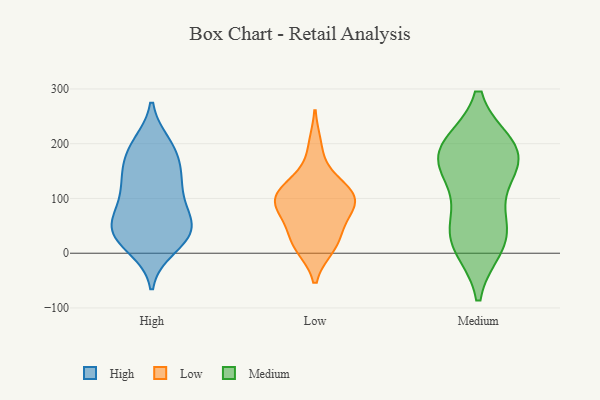
{"axis": {"x": "Energy Usage (MWh)", "y": "Value"}, "legend": ["High", "Low", "Medium"], "data": [{"x": "", "y": 26, "type": "High"}, {"x": "", "y": 26, "type": "High"}, {"x": "", "y": 170, "type": "High"}, {"x": "", "y": 191, "type": "High"}, {"x": "", "y": 125, "type": "High"}, {"x": "", "y": 79, "type": "High"}, {"x": "", "y": 40, "type": "High"}, {"x": "", "y": 129, "type": "High"}, {"x": "", "y": 82, "type": "High"}, {"x": "", "y": 128, "type": "High"}, {"x": "", "y": 46, "type": "High"}, {"x": "", "y": 191, "type": "High"}, {"x": "", "y": 199, "type": "High"}, {"x": "", "y": 10, "type": "High"}, {"x": "", "y": 48, "type": "High"}, {"x": "", "y": 36, "type": "High"}, {"x": "", "y": 145, "type": "High"}, {"x": "", "y": 69, "type": "High"}, {"x": "", "y": 92, "type": "Low"}, {"x": "", "y": 87, "type": "Low"}, {"x": "", "y": 195, "type": "Low"}, {"x": "", "y": 41, "type": "Low"}, {"x": "", "y": 77, "type": "Low"}, {"x": "", "y": 126, "type": "Low"}, {"x": "", "y": 107, "type": "Low"}, {"x": "", "y": 127, "type": "Low"}, {"x": "", "y": 92, "type": "Low"}, {"x": "", "y": 25, "type": "Low"}, {"x": "", "y": 12, "type": "Low"}, {"x": "", "y": 100, "type": "Low"}, {"x": "", "y": 13, "type": "Low"}, {"x": "", "y": 35, "type": "Medium"}, {"x": "", "y": 60, "type": "Medium"}, {"x": "", "y": 23, "type": "Medium"}, {"x": "", "y": 15, "type": "Medium"}, {"x": "", "y": 194, "type": "Medium"}, {"x": "", "y": 193, "type": "Medium"}, {"x": "", "y": 137, "type": "Medium"}, {"x": "", "y": 175, "type": "Medium"}, {"x": "", "y": 188, "type": "Medium"}, {"x": "", "y": 160, "type": "Medium"}]}